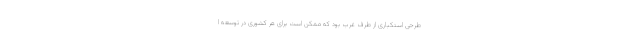
طرحی استکباری از طرف غرب بود که ممکن است برای هر کشوری در توسعه ا